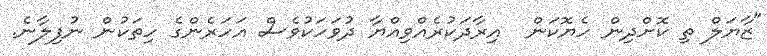
"ޒާޔަލް ތި ކޮށްދިން ހެޔޮކަން  އިރާދަކުރެއްވިއްޔާ ދުވަހަކުވެސް އަހަރެންގެ ހިތަކުން ނުފިލާނެ.